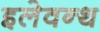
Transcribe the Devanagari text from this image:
इलेवन्थ